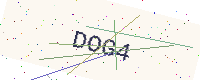
Text: DOG4